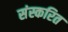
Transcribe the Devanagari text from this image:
संस्करित